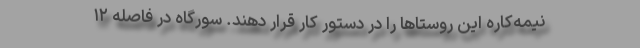
نیمه‌کاره این روستاها را در دستور کار قرار دهند. سورگاه در فاصله ۱۲